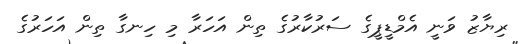
ރިޔާޒު ވަނީ އެމްޑީޕީގެ ސަރުކާރުގެ ތިން އަހަރާ މި ހިނގާ ތިން އަހަރުގެ